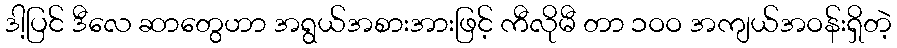
ဒါ့ပြင် ဒီလေ ဆာတွေဟာ အရွယ်အစားအားဖြင့် ကီလိုမီ တာ ၁ဝဝ အကျယ်အဝန်းရှိတဲ့